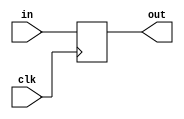
module DFF(clk,in,out);
  
  input  clk;
  input  in;
  output out;
  reg    out;
  
  always @(posedge clk)//<--This is the statement that makes the circuit behave with TIME
  out = in;
endmodule